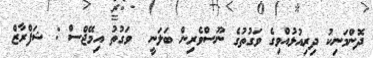
ދޮންމަނިކު ދިރިއުޅުއްވިގެ ވަގުތުގެ ނޫސްވެރިން ބަލަނީ  ވަގުތު އިމޭޖްސް : ޝަފްރާޒް